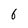
Character: 6